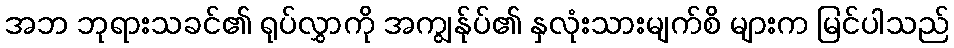
အဘ ဘုရားသခင်၏ ရုပ်လွှာကို အကျွန်ုပ်၏ နှလုံးသားမျက်စိ များက မြင်ပါသည်